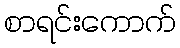
စာရင်းကောက်